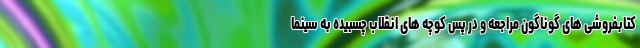
کتابفروشی های گوناگون مراجعه و در پس کوچه های انقلاب چسبیده به سینما